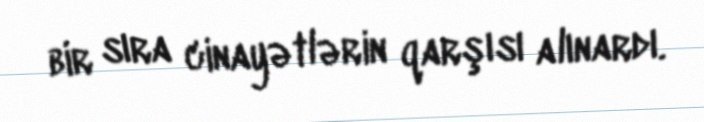
bir sıra cinayətlərin qarşısı alınardı.